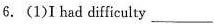
6.(1)I had difficulty___